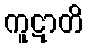
ကူဋာတိ